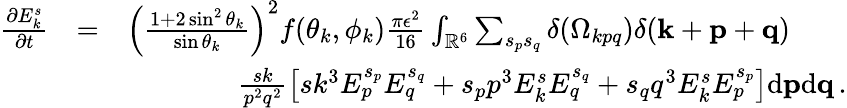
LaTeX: \begin{array}{rlr}{\frac{\partial E_{k}^{s}}{\partial t}}&{=}&{\left(\frac{1+2\sin^{2}\theta_{k}}{\sin\theta_{k}}\right)^{2}f(\theta_{k},\phi_{k})\frac{\pi\epsilon^{2}}{16}\int_{{\mathbb{R}}^{6}}\sum_{s_{p}s_{q}}\delta(\Omega_{kpq})\delta({\mathbf k}+{\mathbf p}+{\mathbf q})\quad\quad}\\ &{}&{\frac{sk}{p^{2}q^{2}}\left[sk^{3}E_{p}^{s_{p}}E_{q}^{s_{q}}+s_{p}p^{3}E_{k}^{s}E_{q}^{s_{q}}+s_{q}q^{3}E_{k}^{s}E_{p}^{s_{p}}\right]\mathrm{d}{\mathbf p}\mathrm{d}{\mathbf q}\, .}\end{array}